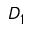
D _ { 1 }